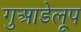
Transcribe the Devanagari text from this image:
गुआडेलूप